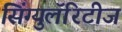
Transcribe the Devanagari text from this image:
सिंग्युलॅरिटीज